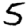
Digit: 5